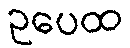
ဥပေထ